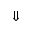
\Downarrow